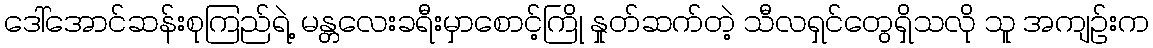
ဒေါ်အောင်ဆန်းစုကြည်ရဲ့ မန္တလေးခရီးမှာစောင့်ကြို နှုတ်ဆက်တဲ့ သီလရှင်တွေရှိသလို သူ အကျဉ်းက